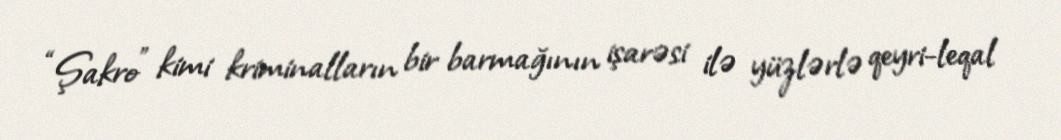
“Şakro” kimi kriminalların bir barmağının işarəsi ilə yüzlərlə qeyri-leqal